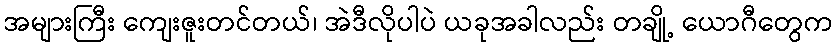
အများကြီး ကျေးဇူးတင်တယ်၊ အဲဒီလိုပါပဲ ယခုအခါလည်း တချို့ ယောဂီတွေက